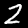
Label: 2